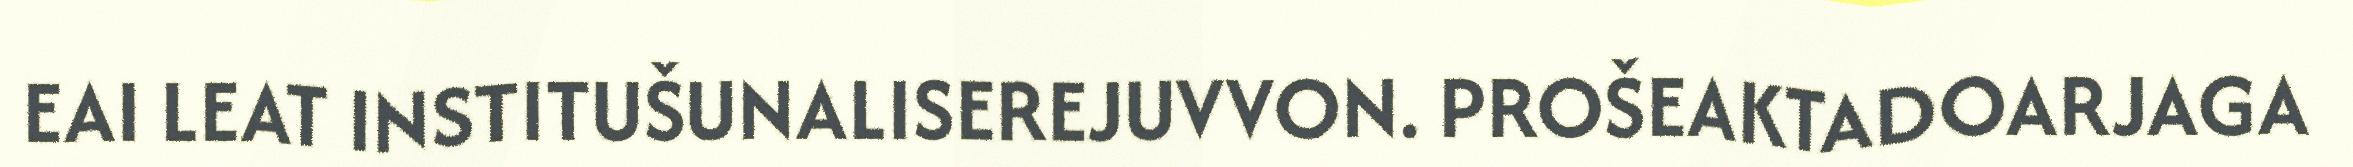
EAI LEAT INSTITUŠUNALISEREJUVVON. PROŠEAKTADOARJAGA